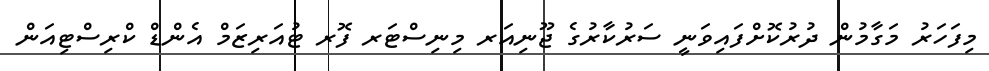
މިފަހަރު މަގާމުން ދުރުކޮށްފައިވަނީ ސަރުކާރުގެ ޖޫނިއަރ މިނިސްޓަރ ފޮރ ޓުއަރިޒަމް އެންޑް ކްރިސްޓިއަން